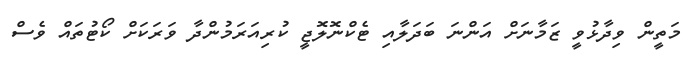
މަތީން ވިދާޅުވީ ޒަމާނަށް އަންނަ ބަދަލާއި ޓެކްނޮލޮޖީ ކުރިއަރަމުންދާ ވަރަކަށް ކޯޓުތައް ވެސް